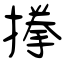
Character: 搼